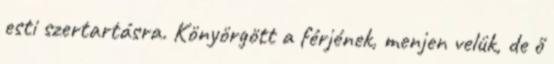
esti szertartásra. Könyörgött a férjének, menjen velük, de ő